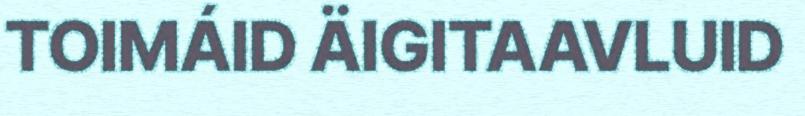
TOIMÁID ÄIGITAAVLUID